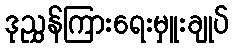
ဒုညွှန်ကြားရေးမှူးချုပ်